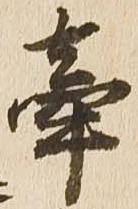
牽